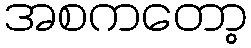
အစကတော့